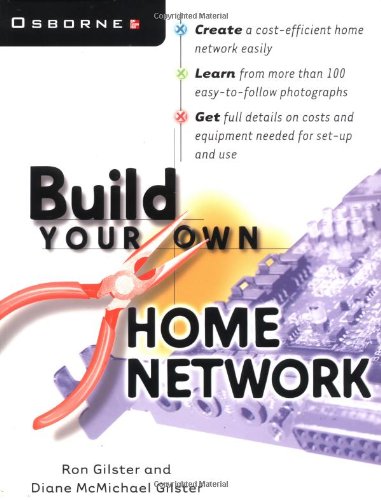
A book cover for Build Your Own Home Network; Ron Gilster; Computers & Technology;